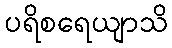
ပရိစရေယျာသိ